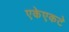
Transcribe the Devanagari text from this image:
एकेएकटे